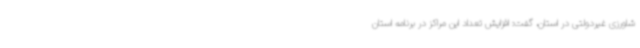
شاورزی غیردولتی در استان، گفت: افزایش تعداد این مراکز در برنامه استان